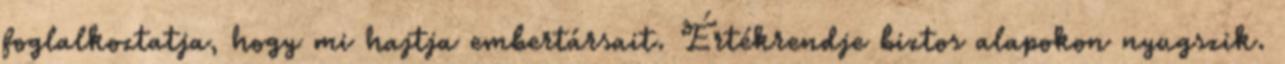
foglalkoztatja, hogy mi hajtja embertársait. Értékrendje biztos alapokon nyugszik.